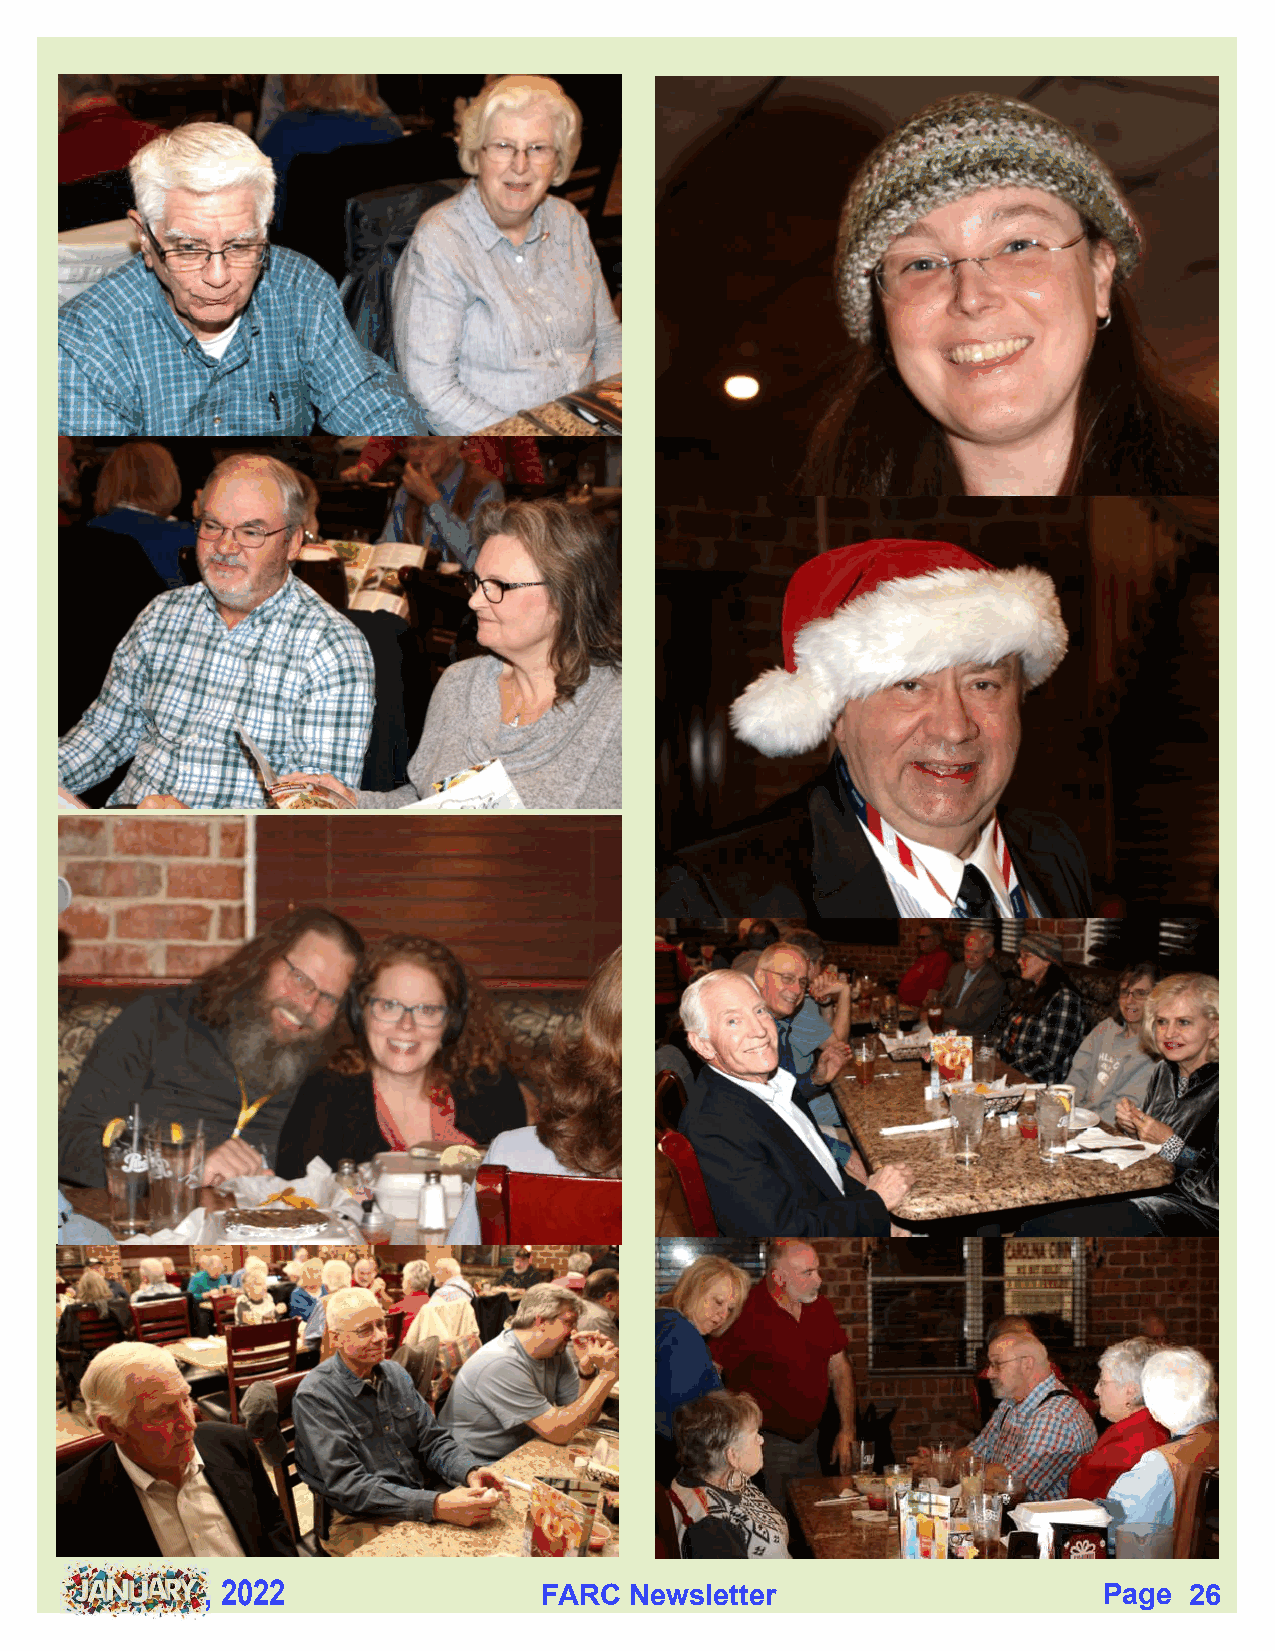
, 2022                FARC  Newsletter                     Page  2266